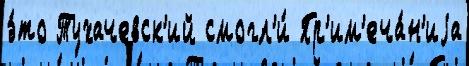
э́то Тухачевск'ий смогл'и́ Пр'им'еча́н'иjа